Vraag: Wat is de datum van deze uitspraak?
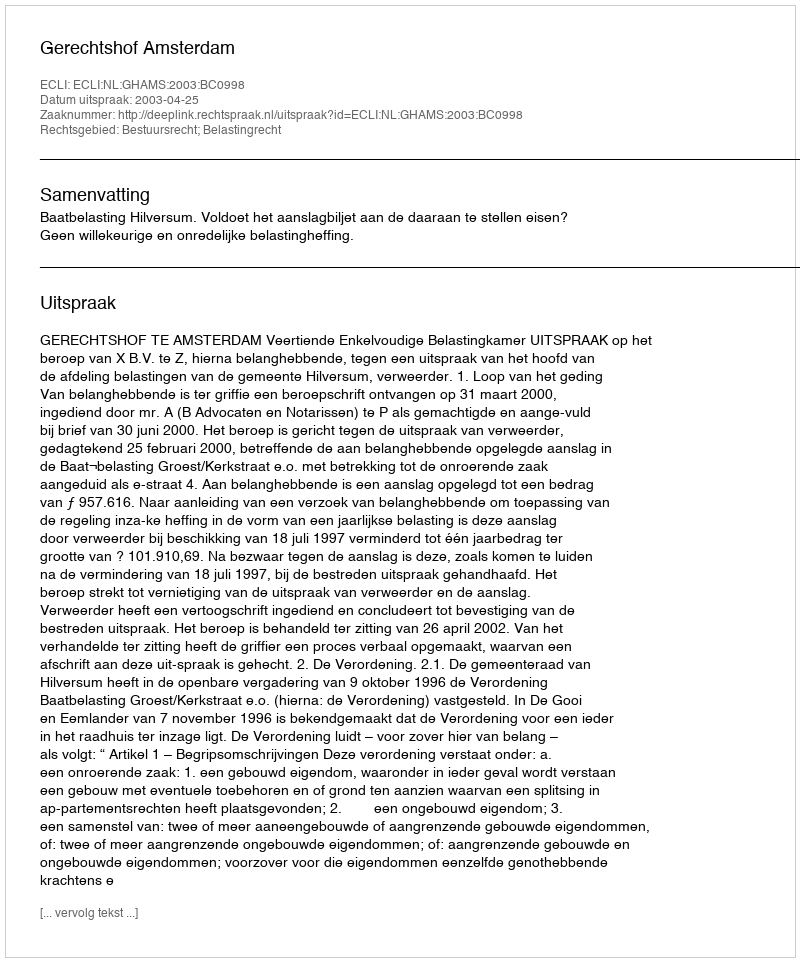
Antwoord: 2003-04-25